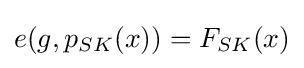
e(g,p_{SK}(x))=F_{SK}(x)